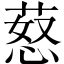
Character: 𦵚